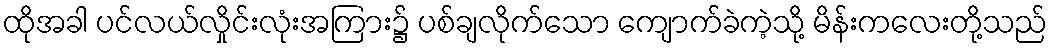
ထိုအခါ ပင်လယ်လှိုင်းလုံးအကြား၌ ပစ်ချလိုက်သော ကျောက်ခဲကဲ့သို့ မိန်းကလေးတို့သည်